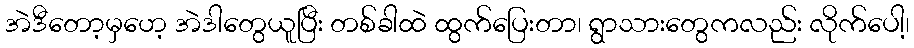
အဲဒီတော့မှဟေ့ အဲဒါတွေယူပြီး တစ်ခါထဲ ထွက်ပြေးတာ၊ ရွာသားတွေကလည်း လိုက်ပေါ့၊